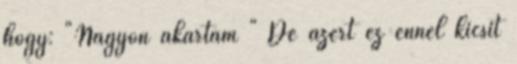
hogy: "Nagyon akartam " De azért ez ennél kicsit